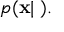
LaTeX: p ( \mathbf { x } | \mathbf { \theta } ) .